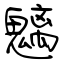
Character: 魑